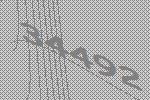
34492